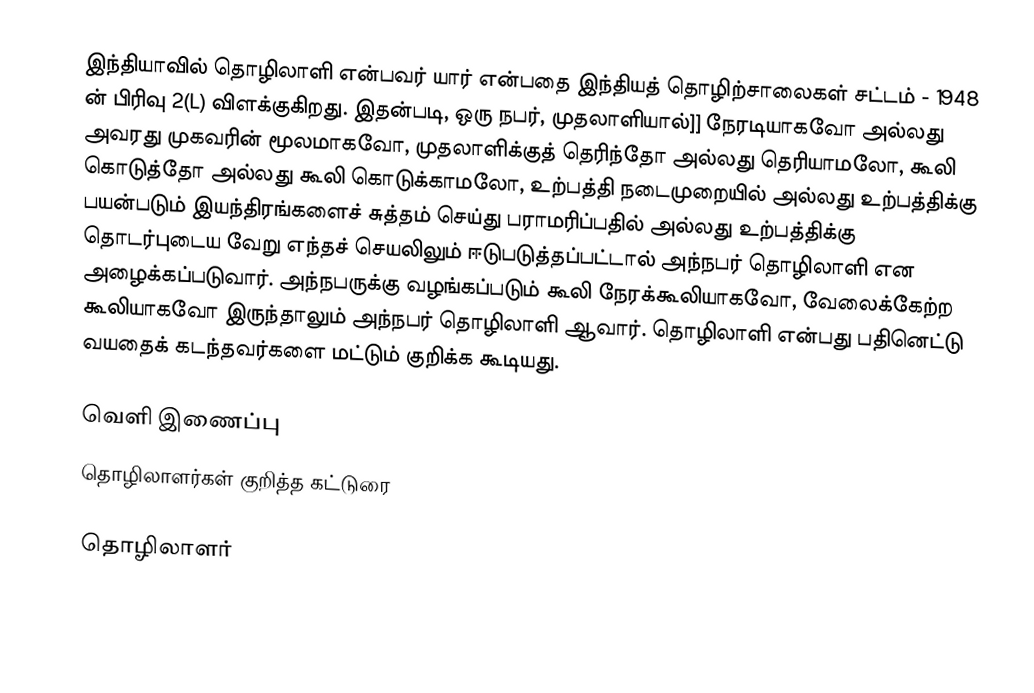
இந்தியாவில் தொழிலாளி என்பவர் யார் என்பதை இந்தியத் தொழிற்சாலைகள் சட்டம் - 1948 ன் பிரிவு 2(L) விளக்குகிறது. இதன்படி, ஒரு நபர், முதலாளியால்]] நேரடியாகவோ அல்லது அவரது முகவரின் மூலமாகவோ, முதலாளிக்குத் தெரிந்தோ அல்லது தெரியாமலோ, கூலி கொடுத்தோ அல்லது கூலி கொடுக்காமலோ, உற்பத்தி நடைமுறையில் அல்லது உற்பத்திக்கு பயன்படும் இயந்திரங்களைச் சுத்தம் செய்து பராமரிப்பதில் அல்லது உற்பத்திக்கு தொடர்புடைய வேறு எந்தச் செயலிலும் ஈடுபடுத்தப்பட்டால் அந்நபர் தொழிலாளி என அழைக்கப்படுவார். அந்நபருக்கு வழங்கப்படும் கூலி நேரக்கூலியாகவோ, வேலைக்கேற்ற கூலியாகவோ இருந்தாலும் அந்நபர் தொழிலாளி ஆவார். தொழிலாளி என்பது பதினெட்டு வயதைக் கடந்தவர்களை மட்டும் குறிக்க கூடியது.

வெளி இணைப்பு
  தொழிலாளர்கள் குறித்த கட்டுரை

தொழிலாளர்